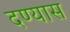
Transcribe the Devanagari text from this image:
दण्यास